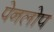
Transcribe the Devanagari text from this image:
पेनलोप